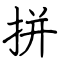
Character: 拼